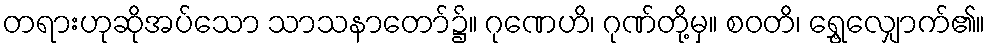
တရားဟုဆိုအပ်သော သာသနာတော်၌။ ဂုဏေဟိ၊ ဂုဏ်တို့မှ။ စဝတိ၊ ရွှေ့လျှောက်၏။